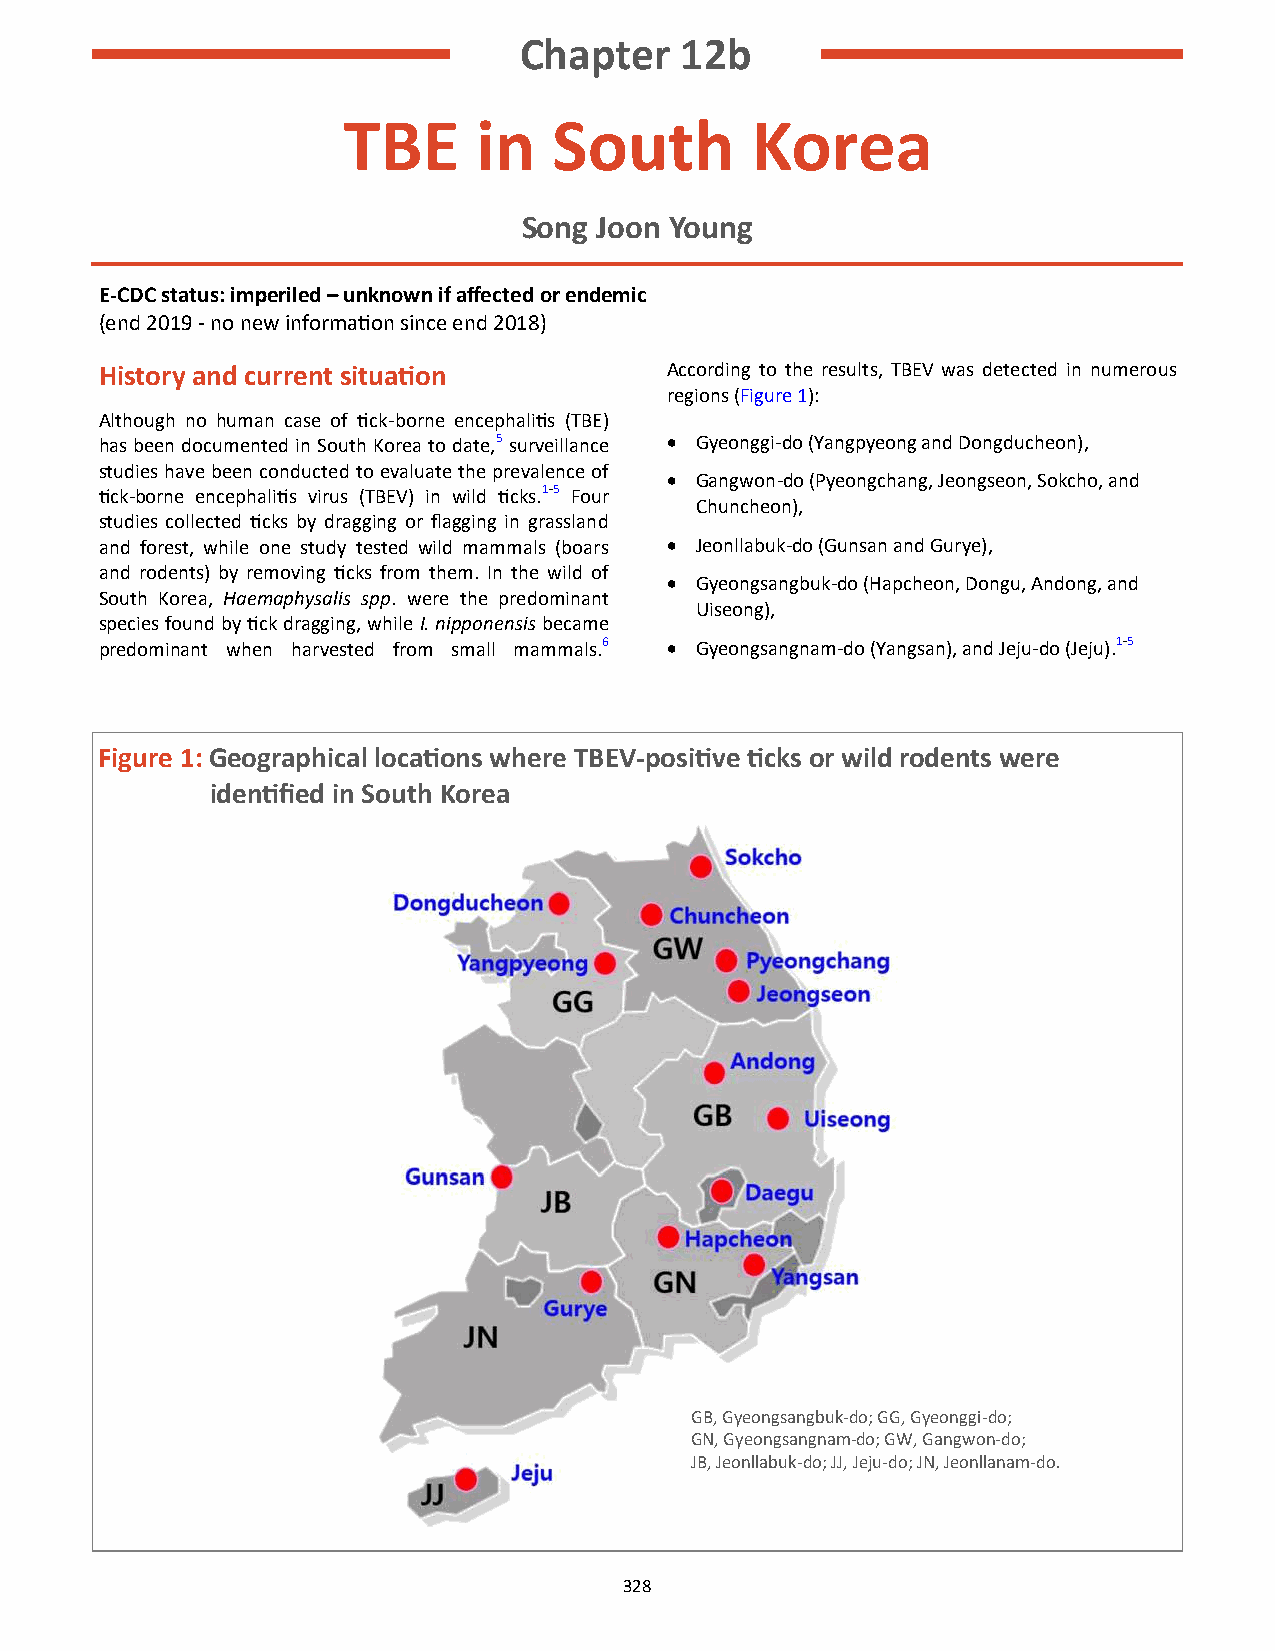
Chapter    12b
 TBE      in   South        Korea
 Song Joon Young
 E-CDC status: imperiled – unknown if affected or endemic
 (end 2019 - no new information since end 2018)
 History and current situation        According to the results, TBEV was detected in numerous
 regions (Figure 1):
 Although no human case of tick-borne encephalitis (TBE)
 has been documented in South Korea to date,5 surveillance • Gyeonggi-do (Yangpyeong and Dongducheon),
 studies have been conducted to evaluate the prevalence of
 • Gangwon-do (Pyeongchang, Jeongseon, Sokcho, and
 tick-borne encephalitis virus (TBEV) in wild ticks.1-5 Four
 Chuncheon),
 studies collected ticks by dragging or flagging in grassland
 and forest, while one study tested wild mammals (boars • Jeonllabuk-do (Gunsan and Gurye),
 and rodents) by removing ticks from them. In the wild of
 • Gyeongsangbuk-do (Hapcheon, Dongu, Andong, and
 South Korea, Haemaphysalis spp. were the predominant
 Uiseong),
 species found by tick dragging, while I. nipponensis became
 predominant when harvested from small mammals.6 • Gyeongsangnam-do (Yangsan), and Jeju-do (Jeju).1-5
 Figure 1: Geographical locations where TBEV-positive ticks or wild rodents were
 identified in South Korea
 GB, Gyeongsangbuk-do; GG, Gyeonggi-do;
 GN, Gyeongsangnam-do; GW, Gangwon-do;
 JB, Jeonllabuk-do; JJ, Jeju-do; JN, Jeonllanam-do.
 328